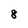
Character: 8